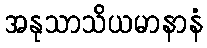
အနုသာသိယမာနာနံ